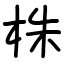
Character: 株